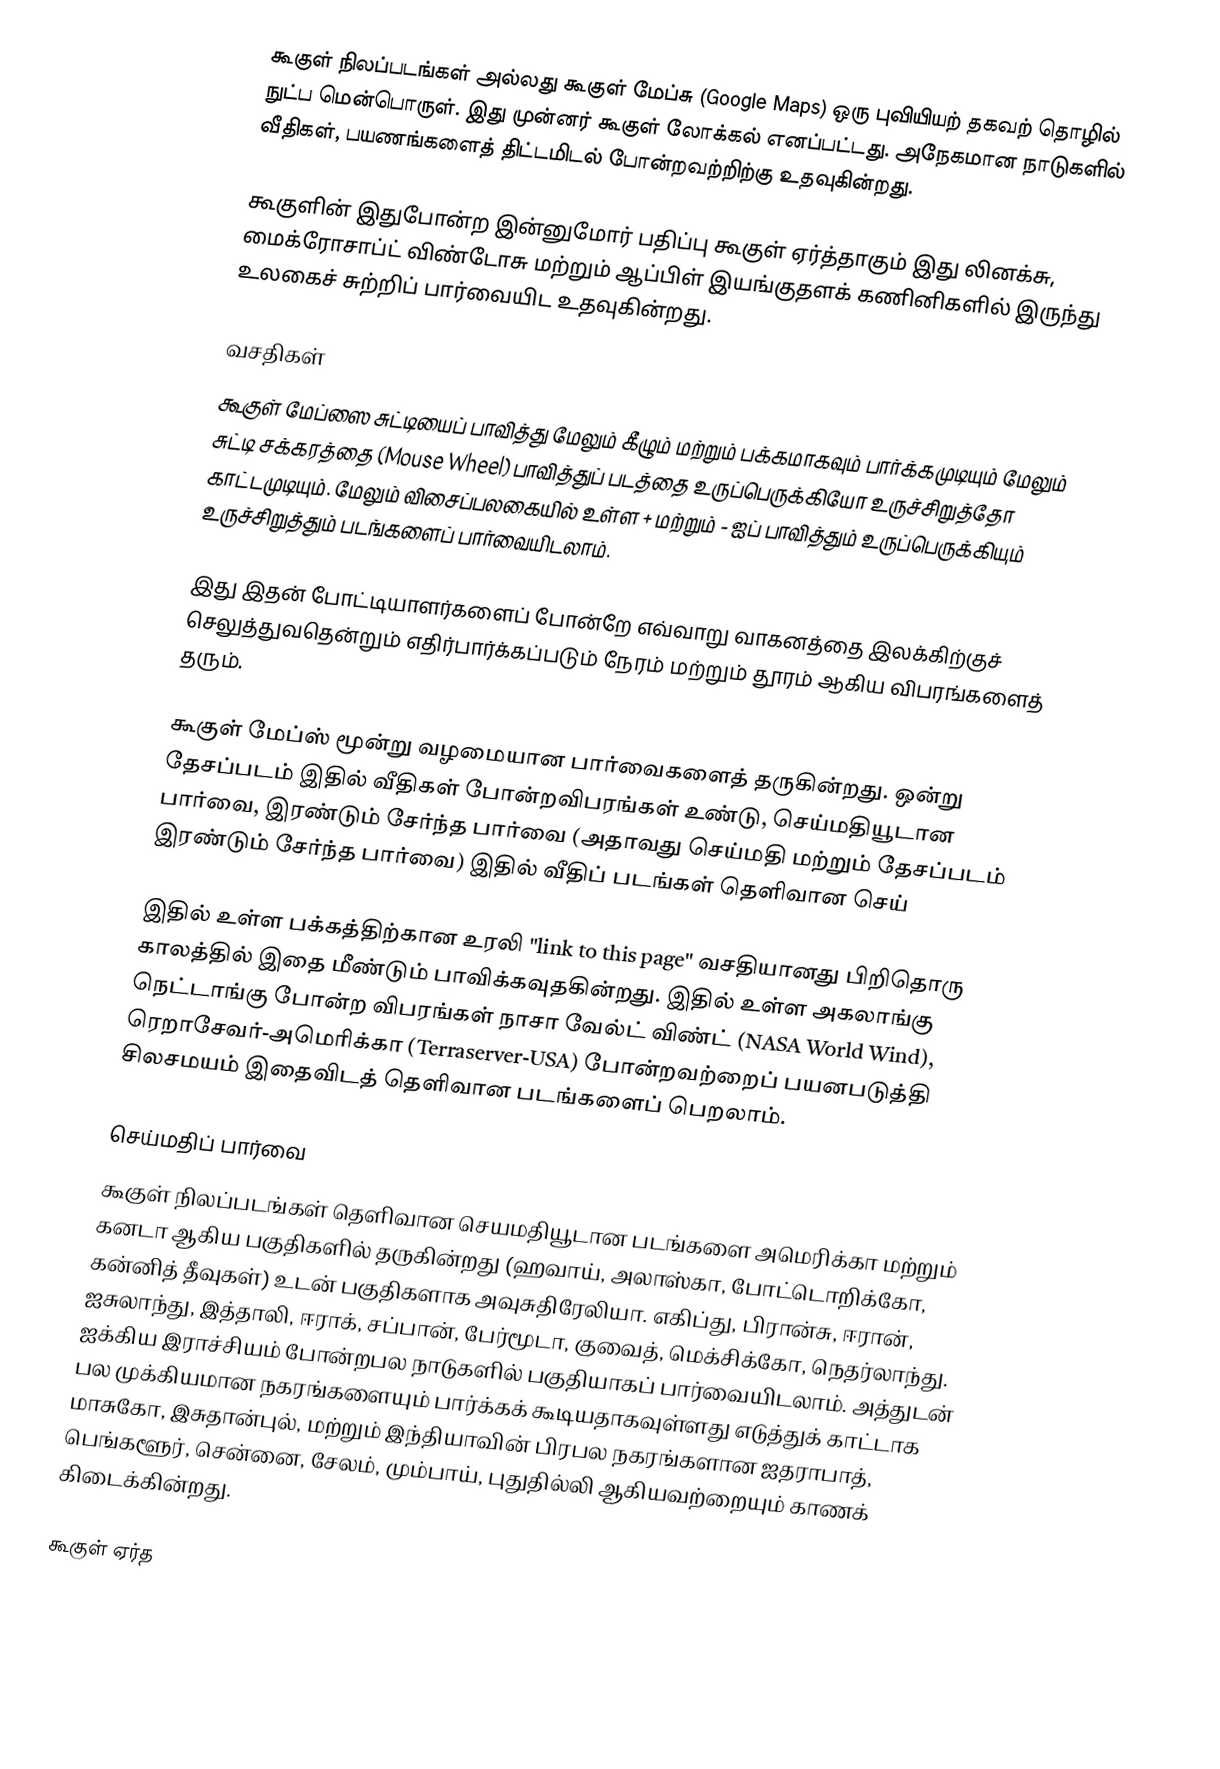
கூகுள் நிலப்படங்கள் அல்லது கூகுள் மேப்சு (Google Maps) ஒரு புவியியற் தகவற் தொழில் நுட்ப மென்பொருள். இது முன்னர் கூகுள் லோக்கல் எனப்பட்டது. அநேகமான நாடுகளில் வீதிகள், பயணங்களைத் திட்டமிடல் போன்றவற்றிற்கு உதவுகின்றது.

கூகுளின் இதுபோன்ற இன்னுமோர் பதிப்பு கூகுள் ஏர்த்தாகும் இது லினக்சு, மைக்ரோசாப்ட் விண்டோசு மற்றும் ஆப்பிள் இயங்குதளக் கணினிகளில் இருந்து உலகைச் சுற்றிப் பார்வையிட உதவுகின்றது.

வசதிகள்
கூகுள் மேப்ஸை சுட்டியைப் பாவித்து மேலும் கீழும் மற்றும் பக்கமாகவும் பார்க்கமுடியும் மேலும் சுட்டி சக்கரத்தை (Mouse Wheel) பாவித்துப் படத்தை உருப்பெருக்கியோ உருச்சிறுத்தோ காட்டமுடியும். மேலும் விசைப்பலகையில் உள்ள + மற்றும் - ஐப் பாவித்தும் உருப்பெருக்கியும் உருச்சிறுத்தும் படங்களைப் பார்வையிடலாம்.

இது இதன் போட்டியாளர்களைப் போன்றே எவ்வாறு வாகனத்தை இலக்கிற்குச் செலுத்துவதென்றும் எதிர்பார்க்கப்படும் நேரம் மற்றும் தூரம் ஆகிய விபரங்களைத் தரும்.

கூகுள் மேப்ஸ் மூன்று வழமையான பார்வைகளைத் தருகின்றது. ஒன்று தேசப்படம் இதில் வீதிகள் போன்றவிபரங்கள் உண்டு, செய்மதியூடான பார்வை, இரண்டும் சேர்ந்த பார்வை (அதாவது செய்மதி மற்றும் தேசப்படம் இரண்டும் சேர்ந்த பார்வை) இதில் வீதிப் படங்கள் தெளிவான செய்

இதில் உள்ள பக்கத்திற்கான உரலி "link to this page" வசதியானது பிறிதொரு காலத்தில் இதை மீண்டும் பாவிக்கவுதகின்றது. இதில் உள்ள அகலாங்கு நெட்டாங்கு போன்ற விபரங்கள் நாசா வேல்ட் விண்ட் (NASA World Wind), ரெறாசேவர்-அமெரிக்கா (Terraserver-USA) போன்றவற்றைப் பயனபடுத்தி சிலசமயம் இதைவிடத் தெளிவான படங்களைப் பெறலாம்.

செய்மதிப் பார்வை
கூகுள் நிலப்படங்கள் தெளிவான செயமதியூடான படங்களை அமெரிக்கா மற்றும் கனடா ஆகிய பகுதிகளில் தருகின்றது (ஹவாய், அலாஸ்கா, போட்டொறிக்கோ, கன்னித் தீவுகள்) உடன் பகுதிகளாக அவுசுதிரேலியா. எகிப்து, பிரான்சு, ஈரான், ஐசுலாந்து, இத்தாலி, ஈராக், சப்பான், பேர்மூடா, குவைத், மெக்சிக்கோ, நெதர்லாந்து. ஐக்கிய இராச்சியம் போன்றபல நாடுகளில் பகுதியாகப் பார்வையிடலாம். அத்துடன் பல முக்கியமான நகரங்களையும் பார்க்கக் கூடியதாகவுள்ளது எடுத்துக் காட்டாக மாசுகோ, இசுதான்புல், மற்றும் இந்தியாவின் பிரபல நகரங்களான ஐதராபாத், பெங்களூர், சென்னை, சேலம், மும்பாய், புதுதில்லி ஆகியவற்றையும் காணக் கிடைக்கின்றது.

கூகுள் ஏர்த